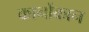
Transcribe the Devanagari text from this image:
कानोंकान